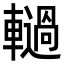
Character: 𮝫